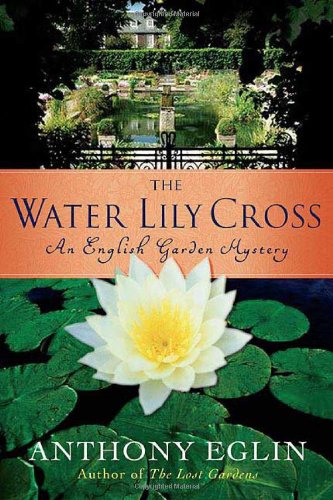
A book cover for The Water Lily Cross: An English Garden Mystery (English Garden Mysteries); Anthony Eglin; Crafts, Hobbies & Home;